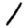
Digit: 1